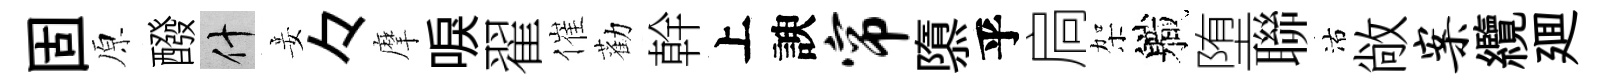
固原醱什妾々摩唳翟催勸幹上諛帘隳乎扃架軄堕聯沽敞案纜廽